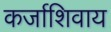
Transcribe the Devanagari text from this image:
कर्जाशिवाय